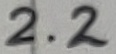
Text: 2.2